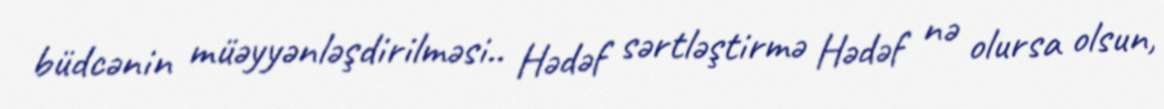
büdcənin müəyyənləşdirilməsi.. Hədəf sərtləştirmə Hədəf nə olursa olsun,